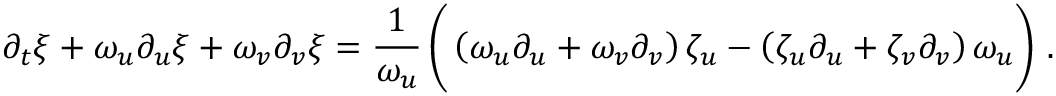
\partial _ { t } \xi + \omega _ { u } \partial _ { u } \xi + \omega _ { v } \partial _ { v } \xi = \frac { 1 } { \omega _ { u } } \left( \vphantom { \frac { 1 } { \omega _ { u } } } \left( \omega _ { u } \partial _ { u } + \omega _ { v } \partial _ { v } \right) \zeta _ { u } - \left( \zeta _ { u } \partial _ { u } + \zeta _ { v } \partial _ { v } \right) \omega _ { u } \right) \, .